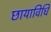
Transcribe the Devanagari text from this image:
छायाविधि